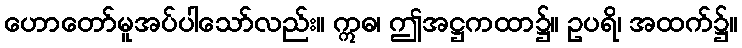
ဟောတော်မူအပ်ပါသော်လည်း။ ဣဓ၊ ဤအဋ္ဌကထာ၌။ ဥပရိ၊ အထက်၌။